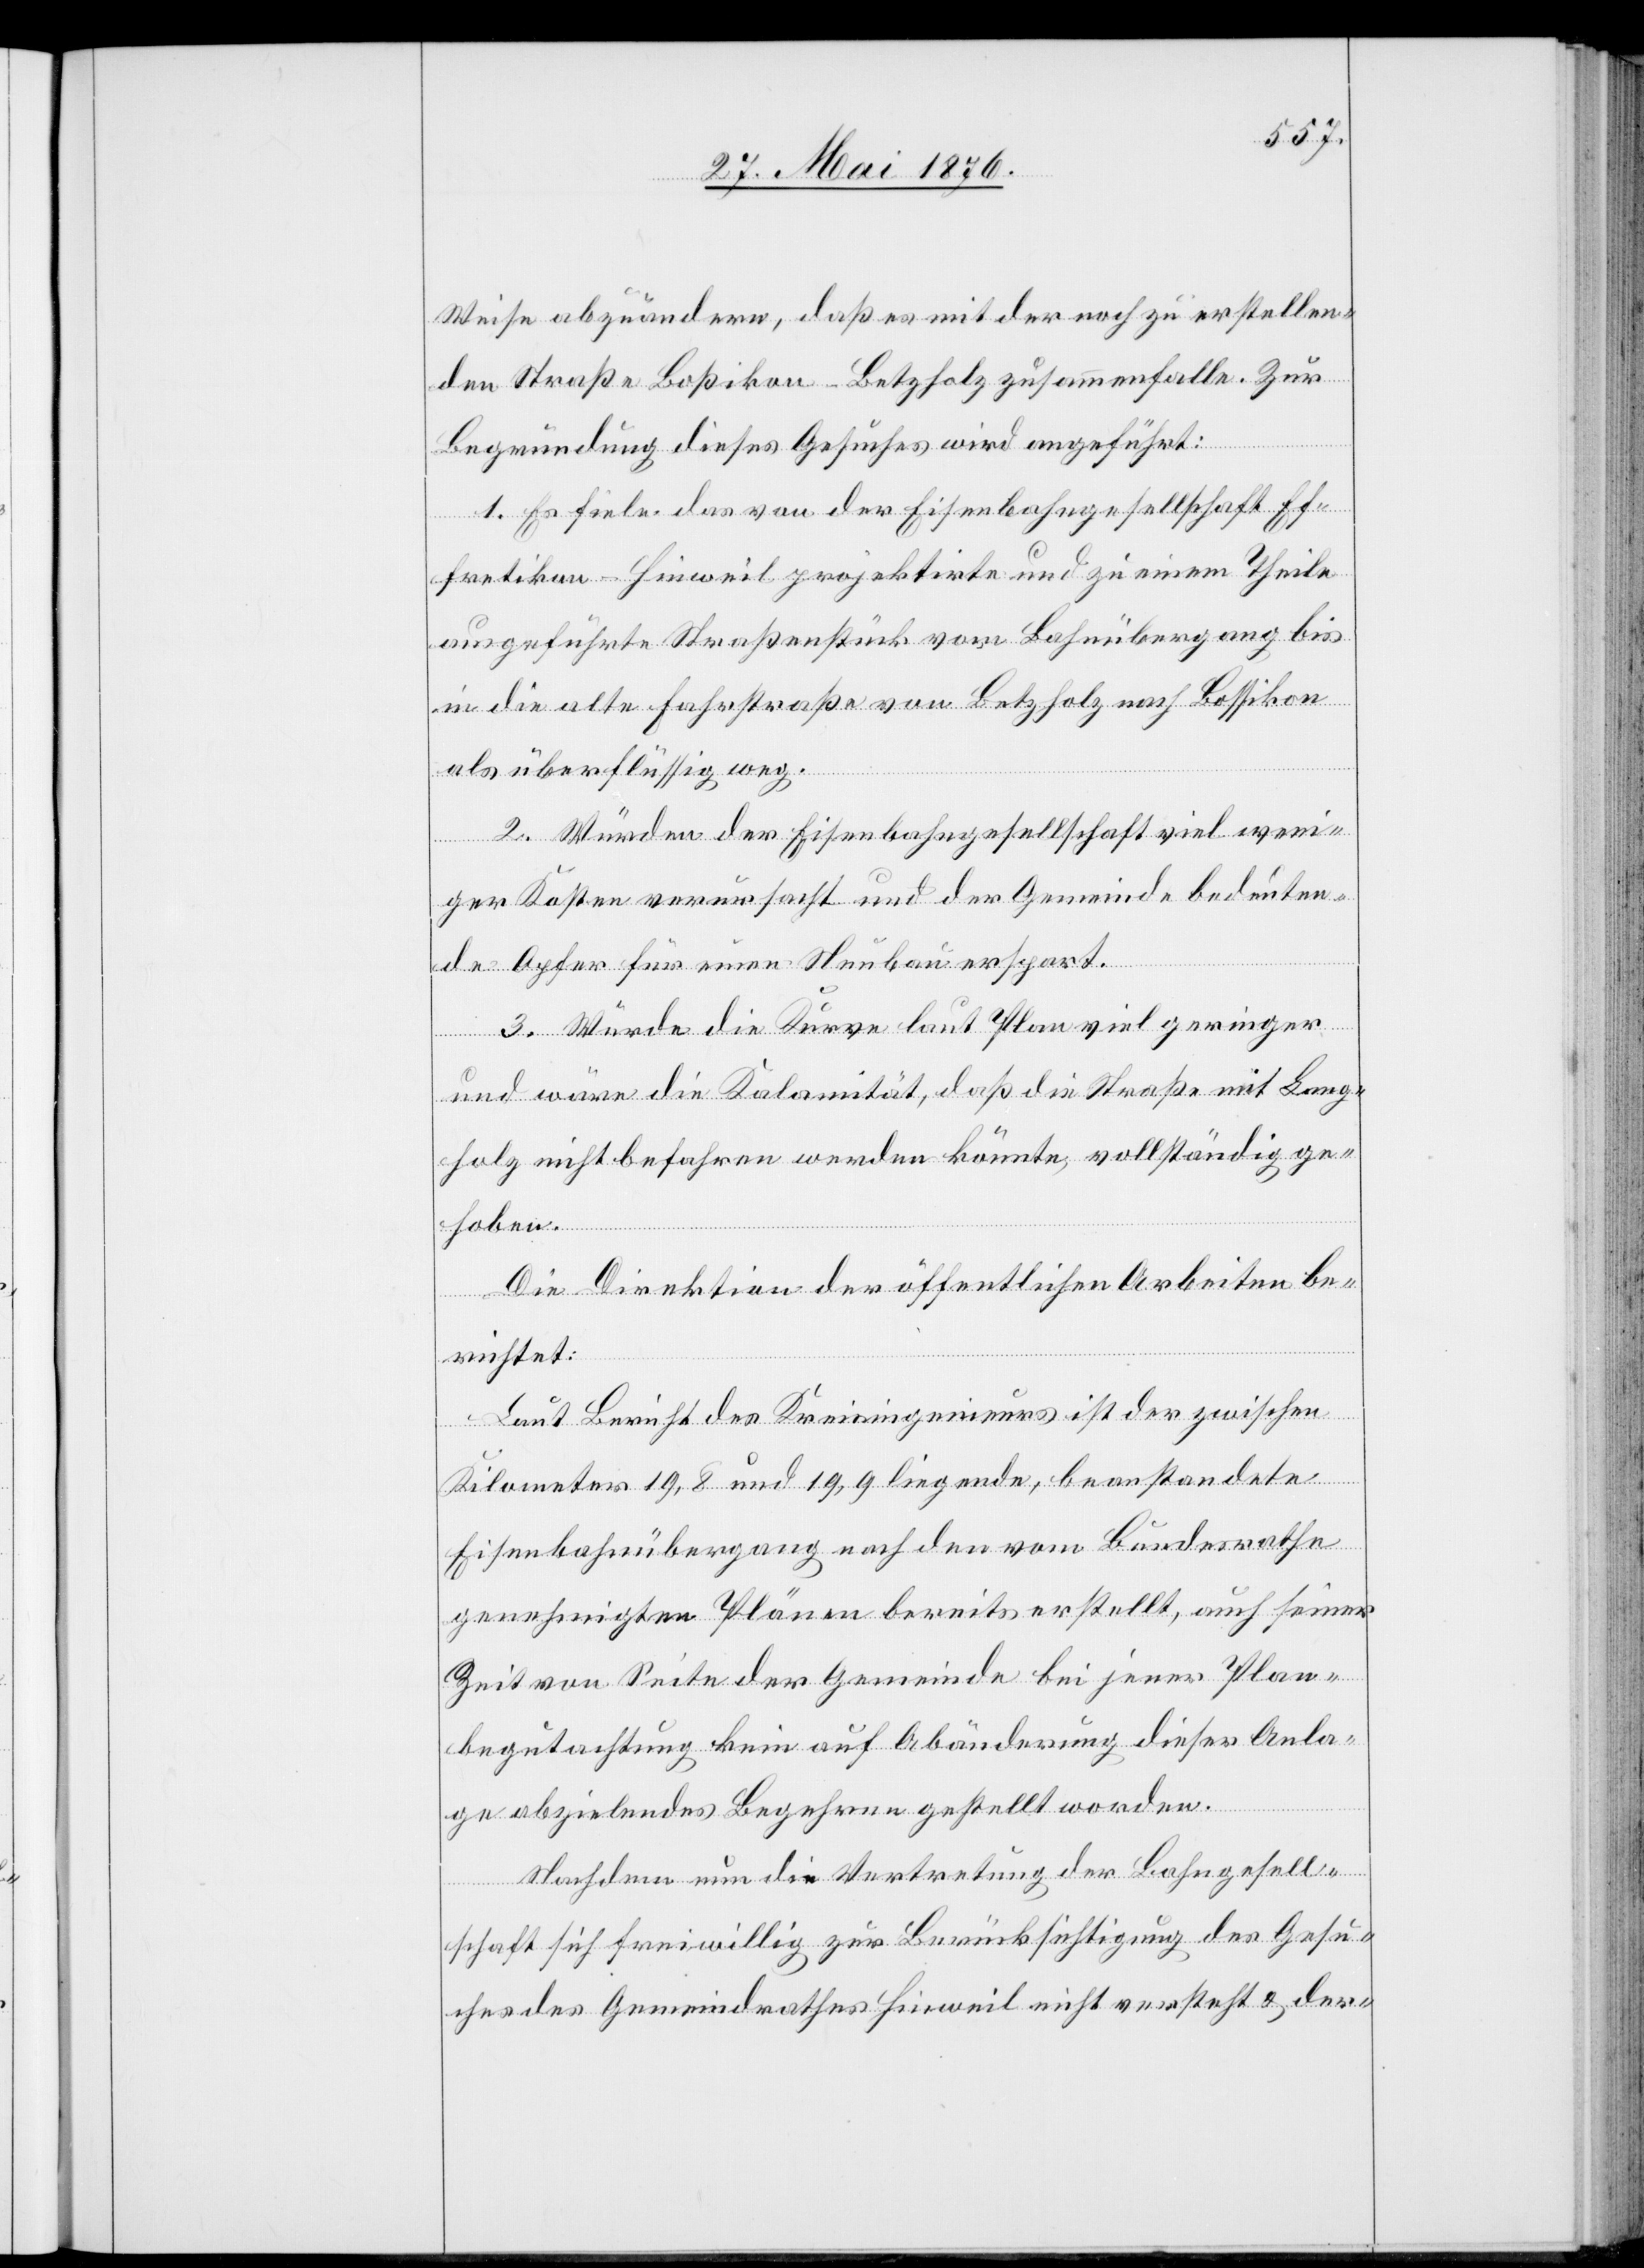
Weise abzuändern, daß es mit der noch zu erstellen¬
den Straße Boßikon–Betzholz zusammenfalle. Zur
Begründung dieses Gesuches wird angeführt:
1. Es fiele das von der Eisenbahngesellschaft Ef¬
fretikon–Hinweil projektirte und zu einem Theile
ausgeführte Straßenstück vom Bahnübergang bis
in die alte Fahrstraße von Betzholz nach Bossikon
als überflüssig weg.
2. Würden der Eisenbahngesellschaft viel weni¬
ger Kosten verursacht und der Gemeinde bedeuten¬
de Opfer für einen Neubau erspart.
3. Würde die Kurve laut Plan viel geringer
und wäre die Kalamität, daß die Straße mit Lang¬
holz nicht befahren werden könnte, vollständig ge¬
hoben.
Die Direktion der öffentlichen Arbeiten be¬
richtet:
Laut Bericht des Kreisingenieurs ist der zwischen
Kilometer 19,8 und 19,9 liegende, beanstandete
Eisenbahnübergang nach den vom Bundesrathe
genehmigten Plänen bereits erstellt, auch seiner
Zeit von Seite der Gemeinde bei jener Plan¬
begutachtung kein auf Abänderung dieser Anla¬
ge abzielendes Begehren gestellt worden.
Nachdem nun die Vertretung der Bahngesell¬
schaft sich freiwillig zur Berücksichtigung des Gesu¬
ches des Gemeindrathes Hinweil nicht versteht & der-